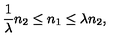
\frac { 1 } { \lambda } n _ { 2 } \leq n _ { 1 } \leq \lambda n _ { 2 } ,